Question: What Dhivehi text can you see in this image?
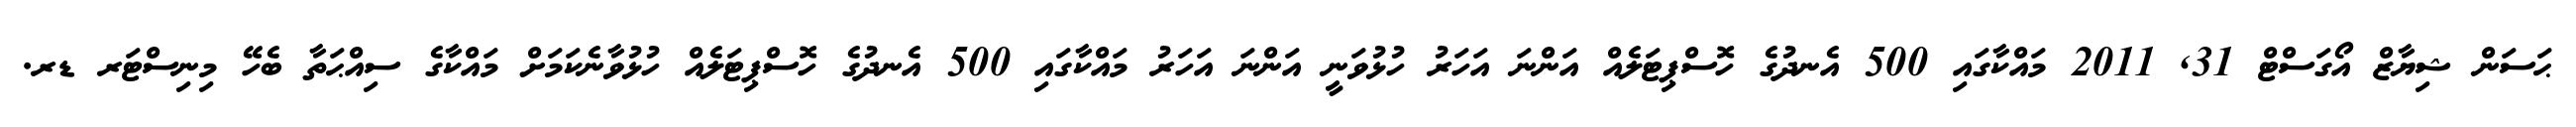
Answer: ޙަސަން ޝިޔާޒް އޯގަސްޓް 31, 2011 މައްކާގައި 500 އެނދުގެ ހޮސްޕިޓަލެއް އަންނަ އަހަރު ހުޅުވަނީ އަންނަ އަހަރު މައްކާގައި 500 އެނދުގެ ހޮސްޕިޓަލެއް ހުޅުވާނެކަމަށް މައްކާގެ ސިއްޙަތާ ބެހޭ މިނިސްޓަރ ޑރ.